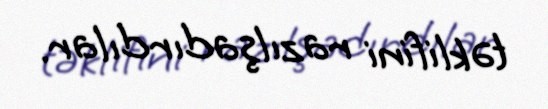
təklifini razılşadırdılar.